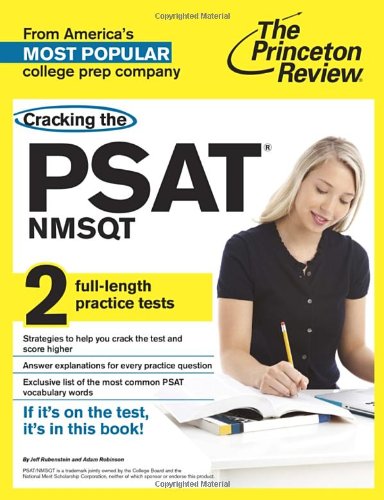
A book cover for Cracking the PSAT/NMSQT with 2 Practice Tests (College Test Preparation); Princeton Review; Test Preparation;